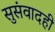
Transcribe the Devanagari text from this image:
सुसंवादही